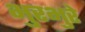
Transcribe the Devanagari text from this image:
भुरभुरे